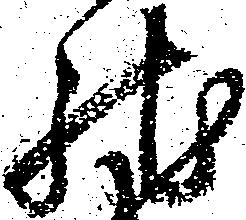
馳